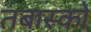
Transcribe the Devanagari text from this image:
तबास्को